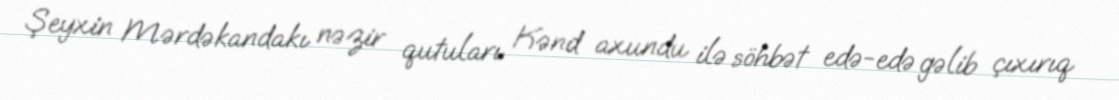
Şeyxin Mərdəkandakı nəzir qutuları Kənd axundu ilə söhbət edə-edə gəlib çıxırıq